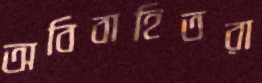
অবিবাহিতরা